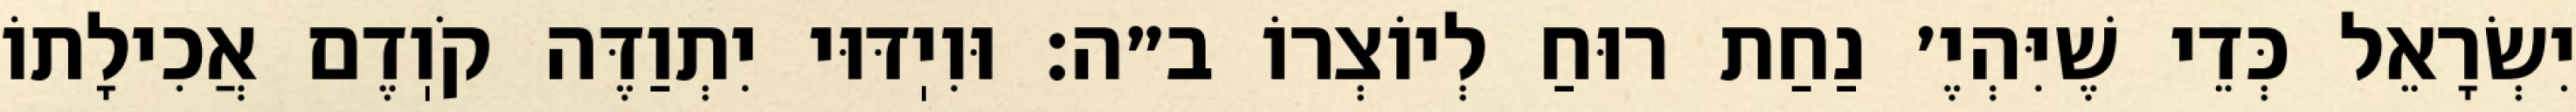
יִשְׂרָאֵל כְּדֵי שֶׁיִּהְיֶ׳ נַחַת רוּחַ לְיוֹצְרוֹ ב״ה: וּוִיֽדּוּי יִתְוַדֶּה קֹוֽדֶם אֲכִילָתוֹ